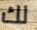
لك